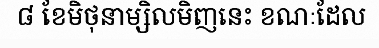
៨ ខែមិថុនាម្សិលមិញនេះ ខណៈដែល